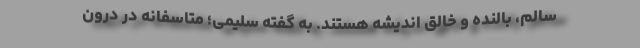
سالم، بالنده و خالق اندیشه هستند. به گفته سلیمی؛ متاسفانه در درون